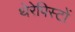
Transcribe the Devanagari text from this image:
थेरेपिस्टों